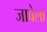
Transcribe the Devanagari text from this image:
जावेला